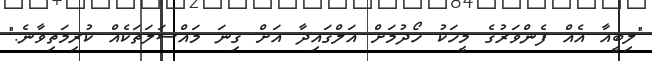
"ލިބީއާ އެއް ފެންވަރުގެ މީހަކު ހޯދުމަށް އަލްގައިދާ އަށް ގިނަ މައްސަލަތަކެއް ކުރިމަތިވާނެ."